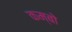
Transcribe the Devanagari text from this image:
कम्बो